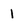
Character: 1